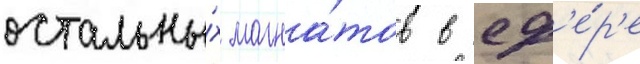
остальны́х магна́тов в сф'е́р'е